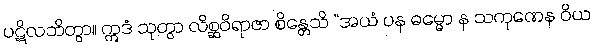
ပဋိလဘိတွာ။ ဣဒံ သုတွာ လိစ္ဆဝိရာဇာ စိန္တေသိ “အယံ ပန ဓမ္မော န သကုဏေန ဝိယ